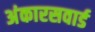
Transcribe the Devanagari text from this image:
अंकारसवार्ड